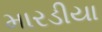
મારડીયા